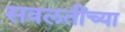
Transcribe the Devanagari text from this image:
सवलतींच्या